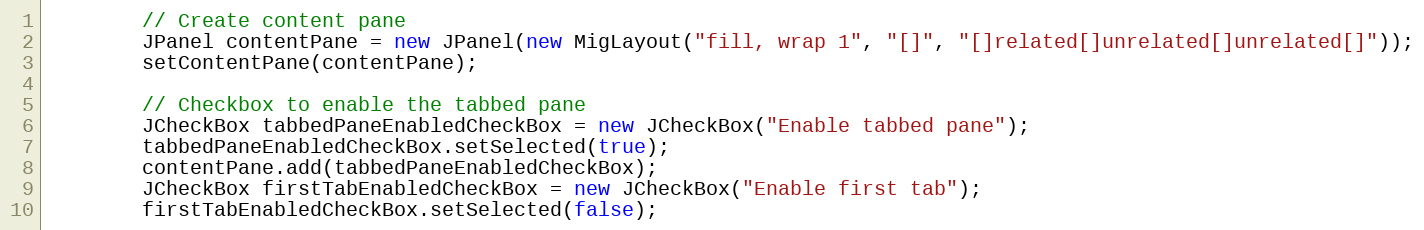
Language: Java
        // Create content pane
        JPanel contentPane = new JPanel(new MigLayout("fill, wrap 1", "[]", "[]related[]unrelated[]unrelated[]"));
        setContentPane(contentPane);

        // Checkbox to enable the tabbed pane
        JCheckBox tabbedPaneEnabledCheckBox = new JCheckBox("Enable tabbed pane");
        tabbedPaneEnabledCheckBox.setSelected(true);
        contentPane.add(tabbedPaneEnabledCheckBox);
        JCheckBox firstTabEnabledCheckBox = new JCheckBox("Enable first tab");
        firstTabEnabledCheckBox.setSelected(false);